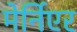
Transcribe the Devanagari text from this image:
मेर्निएर